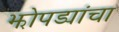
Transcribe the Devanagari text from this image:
झोपड्यांचा